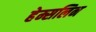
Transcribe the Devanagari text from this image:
हेम्सलिन